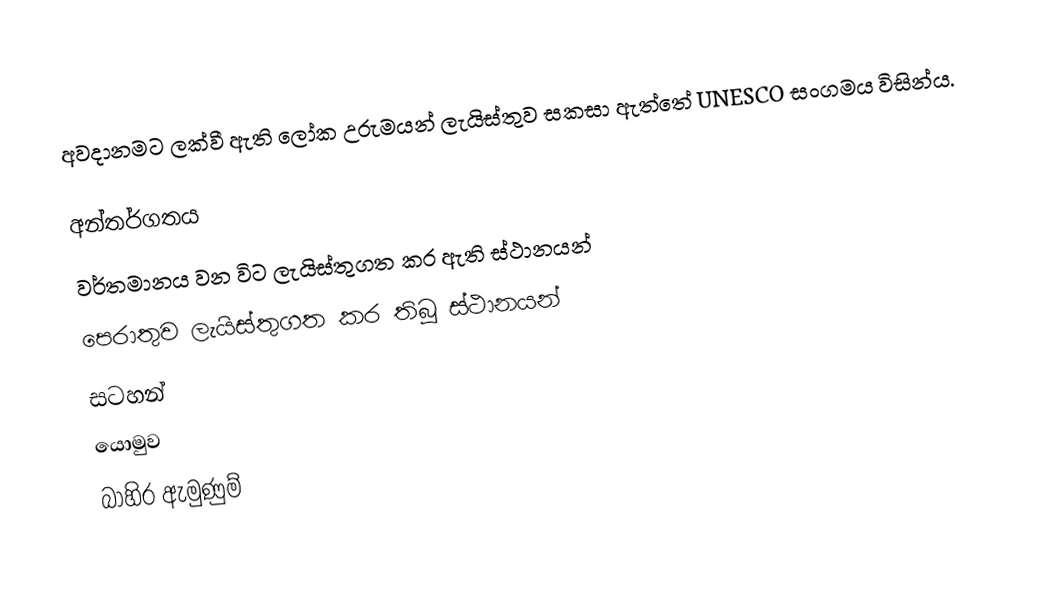
අවදානමට ලක්වී ඇති ලෝක උරුමයන් ලැයිස්තුව සකසා ඇත්තේ   UNESCO සංගමය විසින්ය.

අන්තර්ගතය
 වර්තමානය වන විට ලැයිස්තුගත කර ඇති ස්ථානයන්
 පෙරාතුව ලැයිස්තුගත කර තිබූ ස්ථානයන්
සටහන්
යොමුව
බාහිර ඇමුණුම්